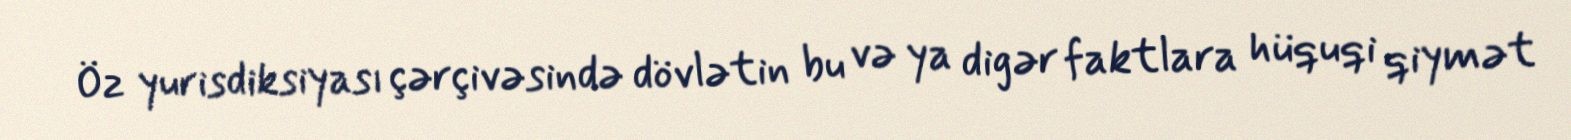
Öz yurisdiksiyası çərçivəsində dövlətin bu və ya digər faktlara hüquqi qiymət